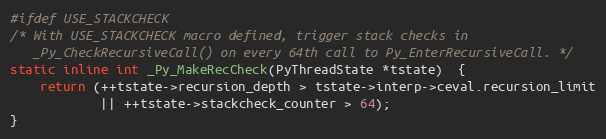
Language: C
#ifdef USE_STACKCHECK
/* With USE_STACKCHECK macro defined, trigger stack checks in
   _Py_CheckRecursiveCall() on every 64th call to Py_EnterRecursiveCall. */
static inline int _Py_MakeRecCheck(PyThreadState *tstate)  {
    return (++tstate->recursion_depth > tstate->interp->ceval.recursion_limit
            || ++tstate->stackcheck_counter > 64);
}